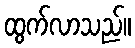
ထွက်လာသည်။